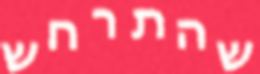
שהתרחש